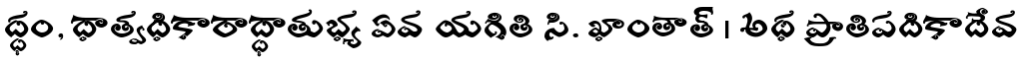
ద్ధం, ధాత్వధికారాద్ధాతుభ్య ఏవ యగితి సి. ఖాంతాత్ । అథ ప్రాతిపదికాదేవ